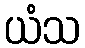
ယံသ